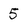
Character: 5